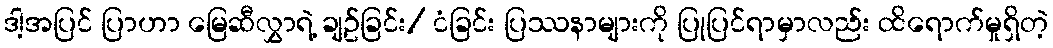
ဒါ့အပြင် ပြာဟာ မြေဆီလွှာရဲ့ ချဥ်ခြင်း/ ငံခြင်း ပြဿနာများကို ပြုပြင်ရာမှာလည်း ထိရောက်မှုရှိတဲ့